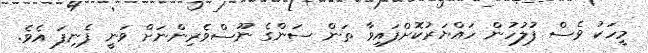
މީހަކު ވެސް ފުލުހުން ހައްޔަރުކޮށްފައިވާ ތަން ސަންގެ ނޫސްވެރިންނަށް ވަނީ ފެނިފަ އެވެ.